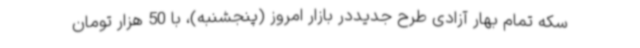
سکه تمام بهار آزادی طرح جدیددر بازار امروز (پنجشنبه)، با 50 هزار تومان